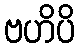
ဗဟိပိ